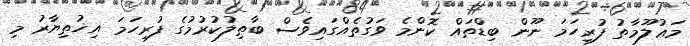
މަޢުލޫމާތު ފުރިހަމަ ނޫން ބިޑްތައް ކޮންމެ ވަގުތެއްގައިވެސް ބާޠިލުކުރުމުގެ ފުރިހަމަ އިޚުތިޔާރު މި